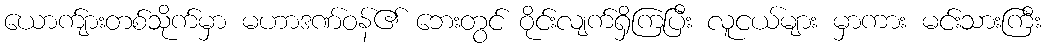
ယောက်ျားတစ်သိုက်မှာ မဟာဒဏ်ဝန်၏ ဘေးတွင် ဝိုင်းလျက်ရှိကြပြီး လူငယ်များ မှာကား မင်းသားကြီး